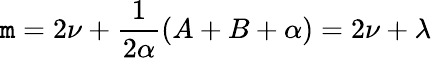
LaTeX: \mathtt{m}=2\nu+\frac{{1}}{{2\alpha}}(A+B+\alpha)=2\nu+\lambda